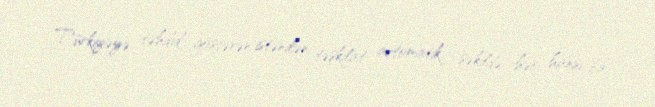
Türkiyəyə təhdid göstərən istənilən təşkilat avtomatik şəkildə, hər hansı bir